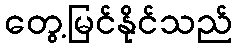
တွေ့မြင်နိုင်သည်